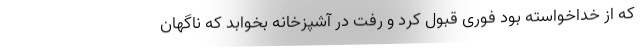
که از خداخواسته بود فوری قبول کرد و رفت در آشپزخانه بخوابد که ناگهان